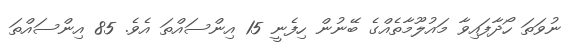
ނުވަތަ ހޯދާފައިވާ މައުލޫމާތެއްގެ ބޭނުން ހިފެނީ 15 އިންސައްތަ އެވެ. 85 އިންސައްތަ